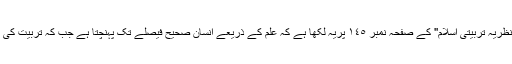
آقای مرتضیٰ زاہدی نے اپنی کتاب''نظریہ تربیّتی اسلام'' کے صفحہ نمبر ١٤٥ پریہ لکھا ہے کہ علم کے ذریعے انسان صحیح فیصلے تک پہنچتا ہے جب کہ تربیّت کی بدولت انسان صحیح فیصلہ کرتا ہے۔